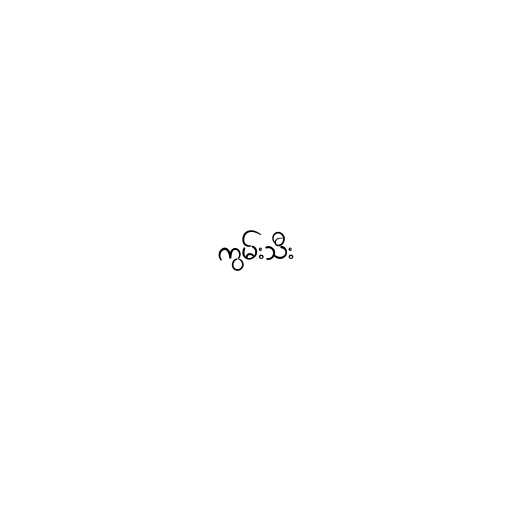
ကွမ်းသီး